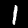
Label: 1